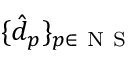
\{ \hat { d } _ { p } \} _ { p \in \ensuremath { \mathrm { ~ N ~ S ~ } } }